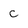
Character: c